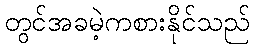
တွင်အခမဲ့ကစားနိုင်သည်